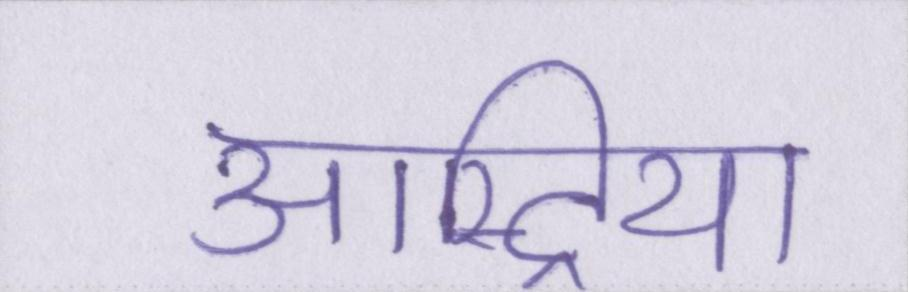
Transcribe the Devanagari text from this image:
आस्ट्रिया